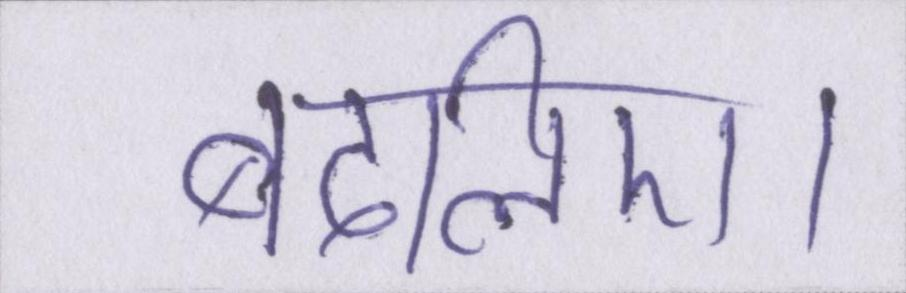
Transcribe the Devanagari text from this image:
बदलिए।